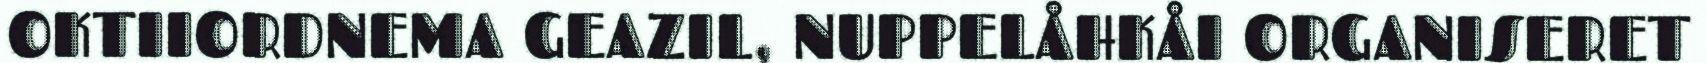
OKTIIORDNEMA GEAZIL, NUPPELÅHKÅI ORGANISERET